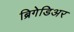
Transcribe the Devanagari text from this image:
ब्रिगेडिअर